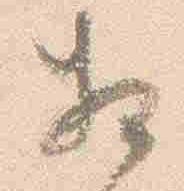
相